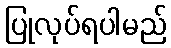
ပြုလုပ်ရပါမည်